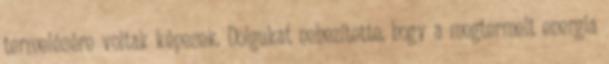
termelésére voltak képesek. Dolgukat nehezítette, hogy a megtermelt energia